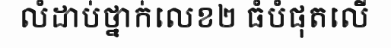
លំដាប់ថ្នាក់លេខ២ ធំបំផុតលើ